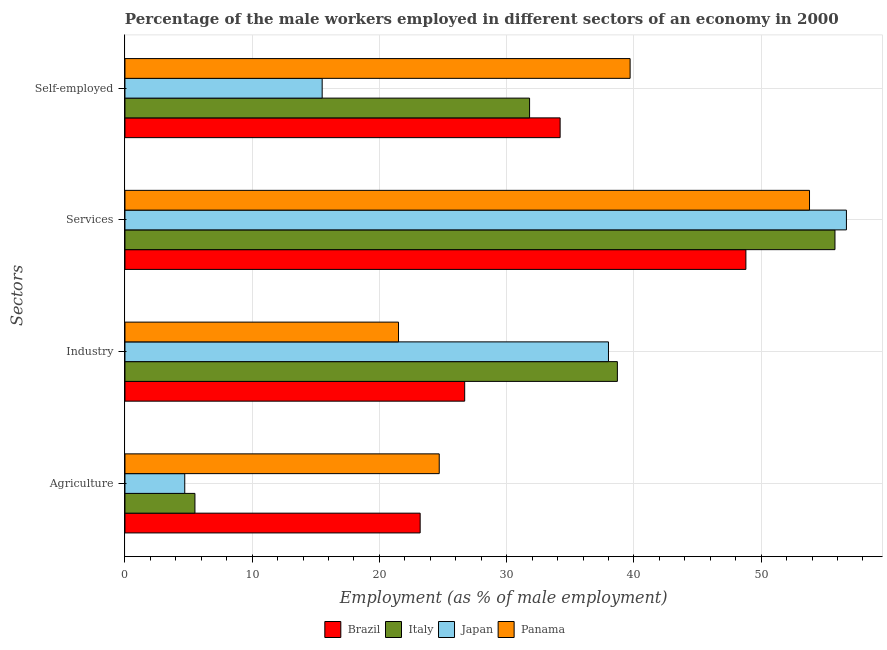
| Sectors | Brazil | Italy | Japan | Panama |
 | --- | --- | --- | --- | --- |
 | Agriculture | 23.2 | 5.5 | 4.7 | 24.7 |
 | Industry | 26.7 | 38.7 | 38 | 21.5 |
 | Services | 48.8 | 55.8 | 56.7 | 53.8 |
 | Self-employed | 34.2 | 31.8 | 15.5 | 39.7 |